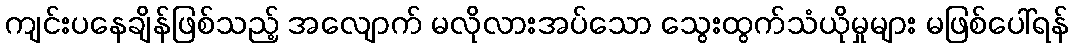
ကျင်းပနေချိန်ဖြစ်သည့် အလျောက် မလိုလားအပ်သော သွေးထွက်သံယိုမှုများ မဖြစ်ပေါ်ရန်